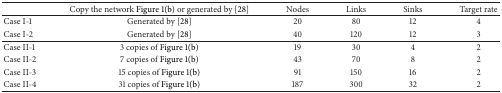
<table><thead><tr><td><b> </b></td><td><b>Copy the network Figure 1(b) or generated by [28]</b></td><td><b>Nodes</b></td><td><b>Links</b></td><td><b>Sinks</b></td><td><b>Target rate</b></td></tr></thead><tbody><tr><td>Case I-1</td><td>Generated by [28]</td><td>20</td><td>80</td><td>12</td><td>4</td></tr><tr><td>Case I-2</td><td>Generated by [28]</td><td>40</td><td>120</td><td>12</td><td>3</td></tr><tr><td>Case II-1</td><td>3 copies of Figure 1(b)</td><td>19</td><td>30</td><td>4</td><td>2</td></tr><tr><td>Case II-2</td><td>7 copies of Figure 1(b)</td><td>43</td><td>70</td><td>8</td><td>2</td></tr><tr><td>Case II-3</td><td>15 copies of Figure 1(b)</td><td>91</td><td>150</td><td>16</td><td>2</td></tr><tr><td>Case II-4</td><td>31 copies of Figure 1(b)</td><td>187</td><td>300</td><td>32</td><td>2</td></tr></tbody></table>